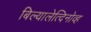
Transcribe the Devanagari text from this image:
बिल्यालेत्दिनोव्ह